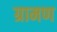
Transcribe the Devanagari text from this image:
ग्रामण